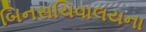
બિનસચિવાલયના